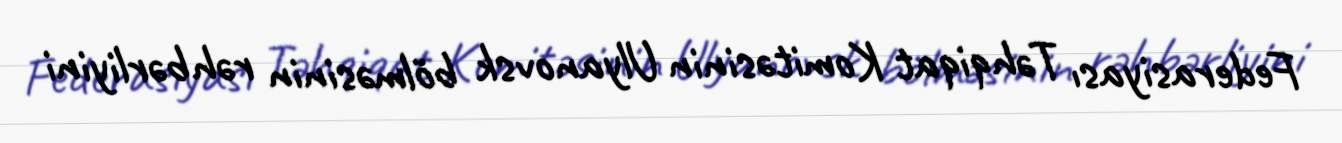
Federasiyası Təhqiqat Komitəsinin Ulyanovsk bölməsinin rəhbərliyini